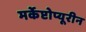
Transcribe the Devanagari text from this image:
मर्केप्टोप्यूरीन